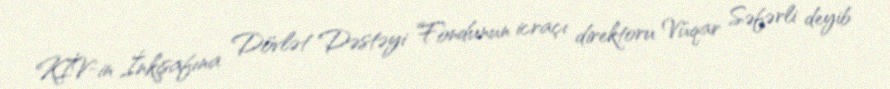
KİV-in İnkişafına Dövlət Dəstəyi Fondunun icraçı direktoru Vüqar Səfərli deyib